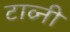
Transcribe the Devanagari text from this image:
टाव्नी